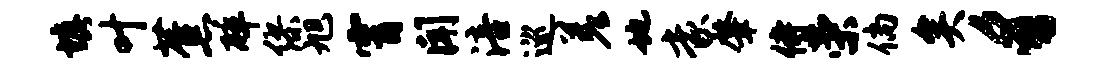
填叶蕉碎缪旭霄闻涪巡差地豪肇侍荣倘矣豸